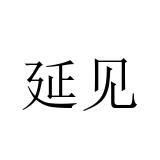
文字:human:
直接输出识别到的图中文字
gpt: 延见